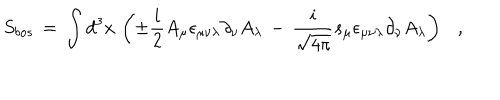
S _ { b o s } \, = \, \int d ^ { 3 } x \, \left( \pm \frac { i } { 2 } A _ { \mu } \epsilon _ { \mu \nu \lambda } \partial _ { \nu } A _ { \lambda } \, - \, \frac { i } { \sqrt { 4 \pi } } s _ { \mu } \epsilon _ { \mu \nu \lambda } \partial _ { \nu } A _ { \lambda } \right) ,